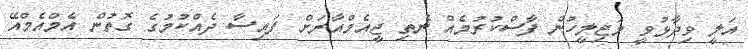
އަލީ ވިދާޅުވީ މަޖިލީހުން ފާސްކުރުމެއް ނެތި ޖީއެމްއާރަށް ފައިސާ ދެއްކުމުގެ ގޮތުން އެމްއެމްއޭ